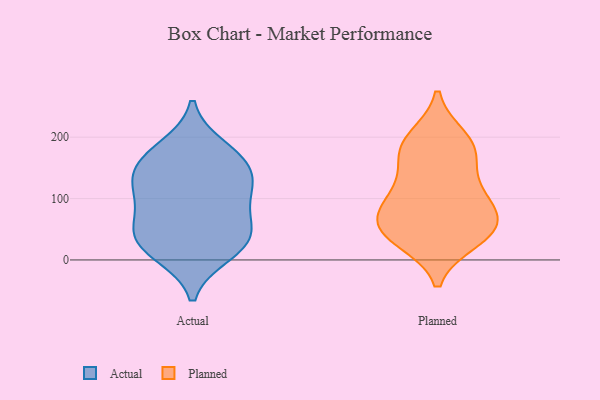
{"axis": {"x": "Conversion Rate (%)", "y": "Value"}, "legend": ["Actual", "Planned"], "data": [{"x": "", "y": 158, "type": "Actual"}, {"x": "", "y": 11, "type": "Actual"}, {"x": "", "y": 49, "type": "Actual"}, {"x": "", "y": 113, "type": "Actual"}, {"x": "", "y": 182, "type": "Actual"}, {"x": "", "y": 118, "type": "Actual"}, {"x": "", "y": 26, "type": "Actual"}, {"x": "", "y": 137, "type": "Actual"}, {"x": "", "y": 88, "type": "Actual"}, {"x": "", "y": 27, "type": "Actual"}, {"x": "", "y": 52, "type": "Actual"}, {"x": "", "y": 163, "type": "Actual"}, {"x": "", "y": 42, "type": "Planned"}, {"x": "", "y": 175, "type": "Planned"}, {"x": "", "y": 188, "type": "Planned"}, {"x": "", "y": 118, "type": "Planned"}, {"x": "", "y": 53, "type": "Planned"}, {"x": "", "y": 198, "type": "Planned"}, {"x": "", "y": 171, "type": "Planned"}, {"x": "", "y": 47, "type": "Planned"}, {"x": "", "y": 56, "type": "Planned"}, {"x": "", "y": 92, "type": "Planned"}, {"x": "", "y": 33, "type": "Planned"}, {"x": "", "y": 108, "type": "Planned"}, {"x": "", "y": 79, "type": "Planned"}]}